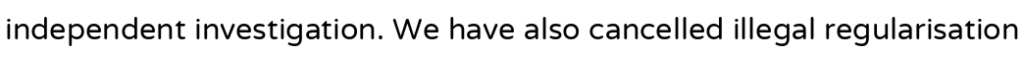
independent investigation. We have also cancelled illegal regularisation